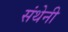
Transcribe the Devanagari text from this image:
संथेनी